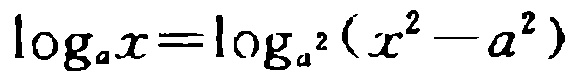
\(\log_{a}x = \log_{a^{2}}(x^{2}-a^{2})\)